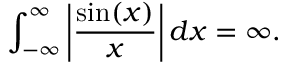
\int _ { - \infty } ^ { \infty } \left| { \frac { \sin ( x ) } { x } } \right| d x = \infty .